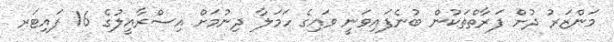
މަންޒަރު ދުށް ފަރާތްތަކުން ބުނެފައިވަނީ ވައިގެ ހަމަލާ ދިނުމަށް އިސްރާއީލުގެ 16 ފައިޓަރ